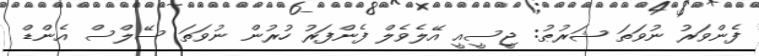
ފެންވަރު ނުވަތަ ޝަރުޠު: ޖީސީއީ އޭލެވެލް ފެންފަރު ހުރުން ނުވަތަ ސޭލްސް އެންޑް